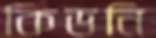
কিডনি